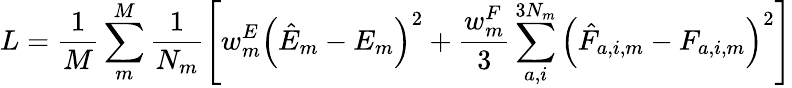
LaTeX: L=\frac{1}{M}\sum_{m}^{M}\frac{1}{N_{m}}\left[w_{m}^{E}\left(\hat{E}_{m}-E_{m}\right)^{2}+\frac{w_{m}^{F}}{3}\sum_{a,i}^{3N_{m}}\left(\hat{F}_{a,i,m}-F_{a,i,m}\right)^{2}\right]